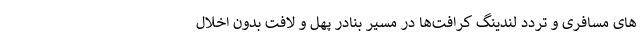
های‌ مسافری و تردد لندینگ کرافت‌ها در مسیر بنادر پهل و لافت بدون اخلال